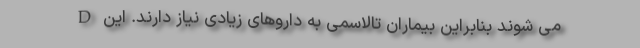
D می شوند بنابراین بیماران تالاسمی به داروهای زیادی نیاز دارند. این